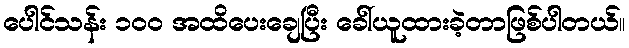
ပေါင်သန်း ၁၀၀ အထိပေးချေပြီး ခေါ်ယူထားခဲ့တာဖြစ်ပါတယ်။